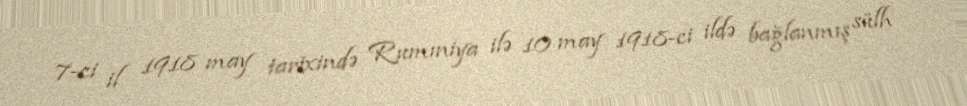
7-ci il 1918 may tarixində Rumıniya ilə 10 may 1918-ci ildə bağlanmış sülh